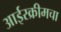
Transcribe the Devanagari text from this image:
आईस्क्रीमचा